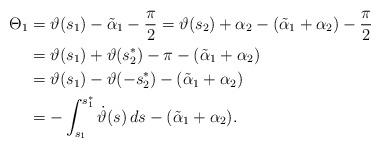
LaTeX: \begin{align*}\Theta_1&=\vartheta(s_1)-\tilde\alpha_1-\frac\pi 2=\vartheta(s_2)+\alpha_2-(\tilde\alpha_1+\alpha_2)-\frac\pi 2\\&=\vartheta(s_1)+\vartheta(s_2^*)-\pi-(\tilde\alpha_1+\alpha_2)\\&=\vartheta(s_1)-\vartheta(-s_2^*)-(\tilde\alpha_1+\alpha_2)\\&=-\int_{s_1}^{s^*_1}\dot\vartheta(s)\,ds-(\tilde\alpha_1+\alpha_2).\end{align*}